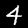
Digit: 4